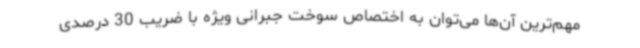
مهم‌ترین آن‌ها می‌توان به اختصاص سوخت جبرانی ویژه با ضریب 30 درصدی